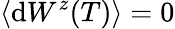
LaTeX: \langle\mathrm{d}W^{z}(T)\rangle=0